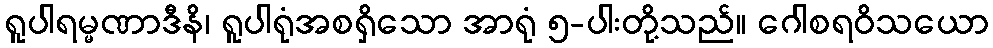
ရူပါရမ္မဏာဒီနိ၊ ရူပါရုံအစရှိသော အာရုံ ၅-ပါးတို့သည်။ ဂေါစရဝိသယော